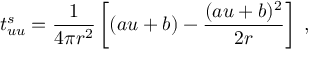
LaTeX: t _ { u u } ^ { s } = { \frac { 1 } { 4 \pi r ^ { 2 } } } \left[ ( a u + b ) - { \frac { ( a u + b ) ^ { 2 } } { 2 r } } \right] \; ,